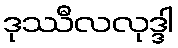
ဒုဿီလလုဒ္ဒါ